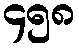
၄၅၈